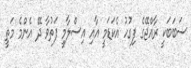
ސަބަބަކީ ރާއްޖޭގެ ފިގުހު އެކަޑަމީ އާއި އިސްލާމީ ފަތުވާ ދޭ އެންމެ މަތީ